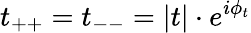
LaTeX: t_{++}=t_{--}=|t|\cdot e^{i\phi_{t}}